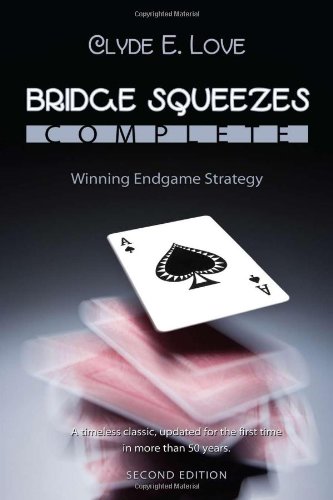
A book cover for Bridge Squeezes Complete: Winning Endgame Strategy; Clyde E. Love; Humor & Entertainment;